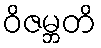
ဝိဇမ္ဘတိ